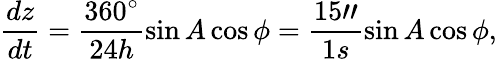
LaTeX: \frac{dz}{dt}=\frac{360^{\circ}}{24h}\sin A\cos\phi=\frac{15"}{1s}\sin A\cos\phi,